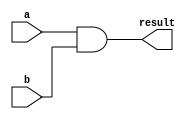
module bitwise_and(
    input [63:0] a,
    input [63:0] b,
    output reg [63:0] result
);
    always @* begin
        result = a & b;
    end
endmodule